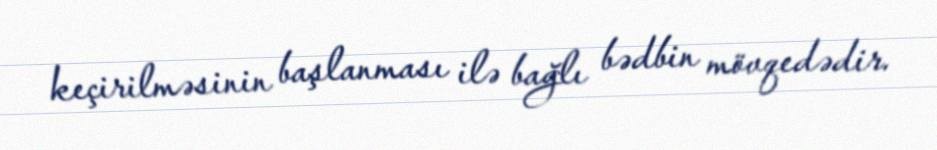
keçirilməsinin başlanması ilə bağlı bədbin mövqedədir.